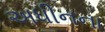
અધીનના